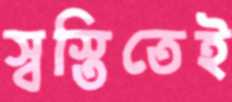
স্বস্তিতেই